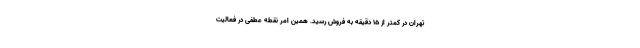
تهران در کمتر از ۱۵ دقیقه به فروش رسید. همین امر نقطه عطفی در فعالیت